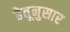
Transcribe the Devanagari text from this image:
हेतूनुसार